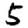
Digit: 5